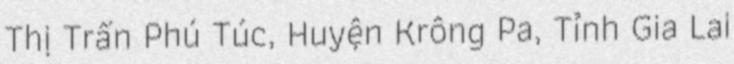
Thị Trấn Phú Túc, Huyện Krông Pa, Tỉnh Gia Lai